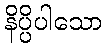
နိပ္ပိပါသော